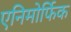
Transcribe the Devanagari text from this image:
एनिमोर्फिक